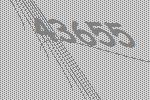
43655